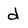
Character: d